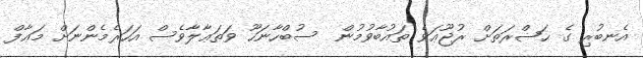
އެނބުރި ގެ ޙަޟްރަތަށް ރުޖޫޢަވެ ތައުބާވުމުން  ސުބްހާނަހޫ ވަތަޢާލާވެސް އަހަރެމެންނަށް މަޢާފް